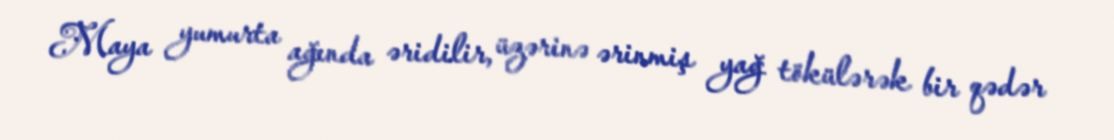
Maya yumurta ağında əridilir, üzərinə ərinmiş yağ tökülərək bir qədər